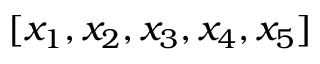
[ x _ { 1 } , x _ { 2 } , x _ { 3 } , x _ { 4 } , x _ { 5 } ]